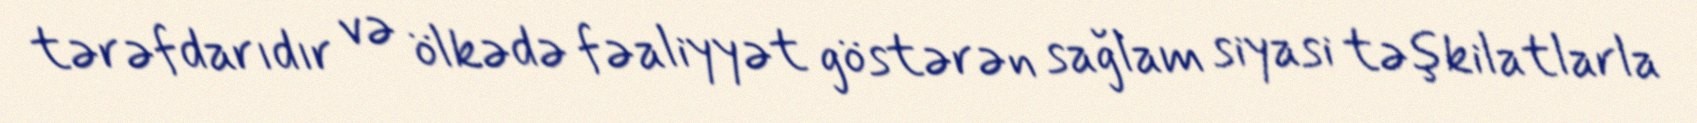
tərəfdarıdır və ölkədə fəaliyyət göstərən sağlam siyasi təşkilatlarla